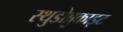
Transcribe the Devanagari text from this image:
स्थुडोब्रुकाइट